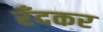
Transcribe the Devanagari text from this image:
रँदकर